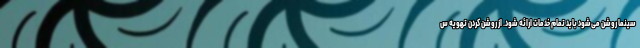
سینما روشن می‌شود باید تمام خدمات ارائه شود. از روشن کردن تهویه س